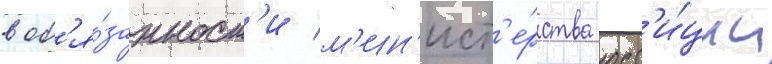
в об'я́занност'и м'ин'ист'е́рства юст'и́ции